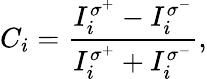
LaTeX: C_{i}=\frac{I_{i}^{\sigma^{+}}-I_{i}^{\sigma^{-}}}{I_{i}^{\sigma^{+}}+I_{i}^{\sigma^{-}}},